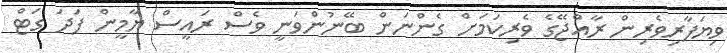
ވިޔަފާރިވެރިން ރާއްޖޭގެ ވެރިކަމަށް ގެންނަން ބޭނުންވަނީ ވެސް ރައީސް ޔާމީން ފަދަ ގަޓް